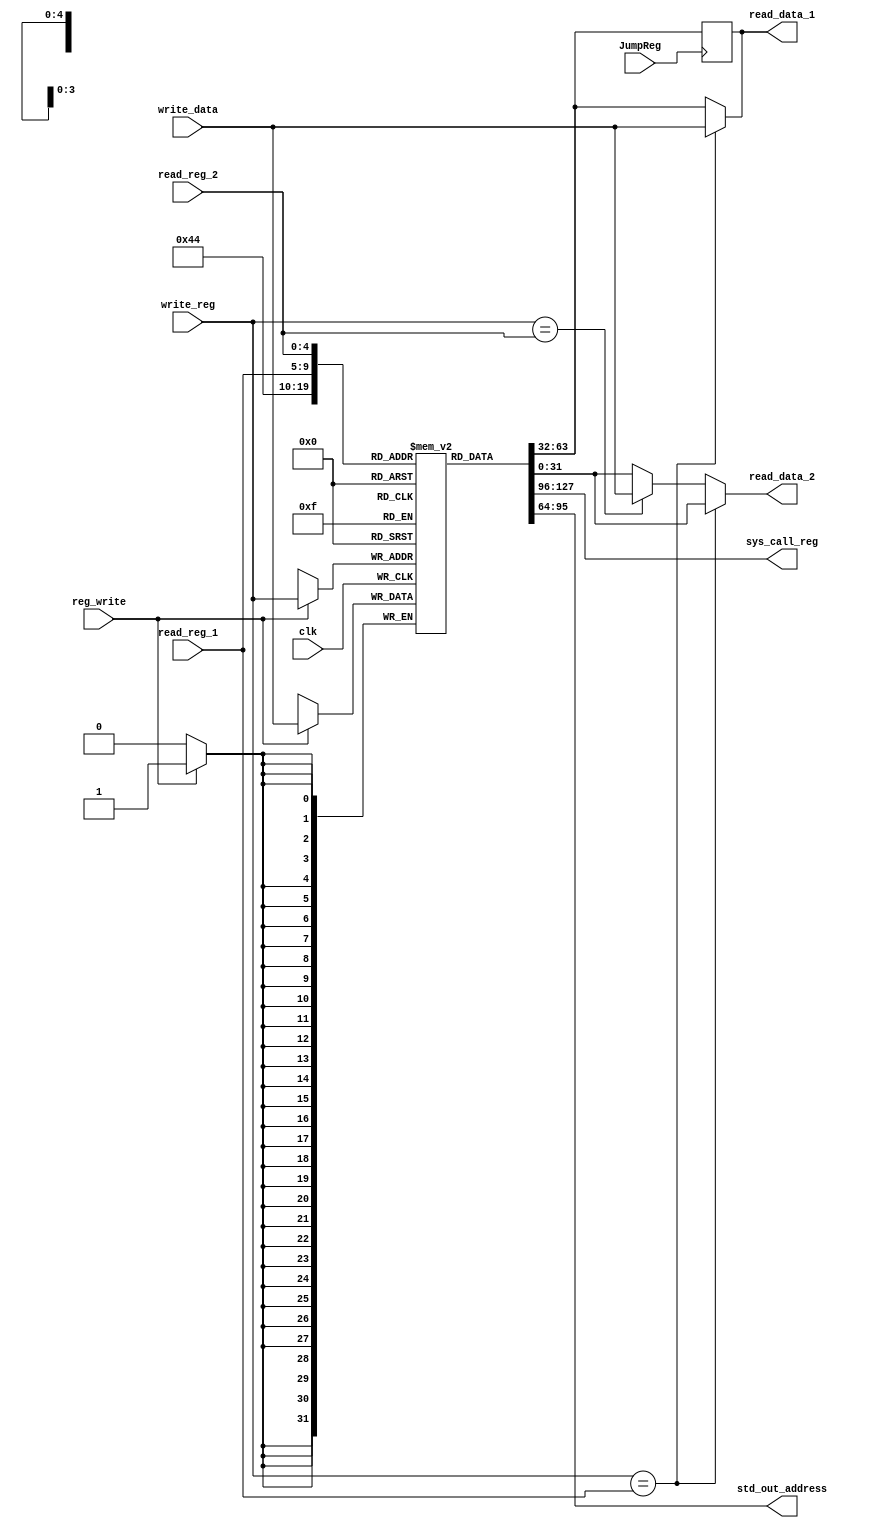
module registers(input clk,
		 input [4:0]   read_reg_1, 
		 input [4:0]   read_reg_2,
		 input [4:0]   write_reg,
		 input [31:0]  write_data,
		 input 	       JumpReg,
		 input 	       reg_write,
		 output [31:0] read_data_1, 
		 output [31:0] read_data_2, 
		 output [31:0] sys_call_reg, 
		 output [31:0] std_out_address);

   reg [31:0] 		       register_file [31:0];
   reg [31:0] 		       data1;
   reg [31:0] 		       data2;
   reg [31:0] 		       v0;
   reg [31:0] 		       a0;
   
   assign read_data_1 = data1;
   assign read_data_2 = data2;
   assign sys_call_reg = v0;
   assign std_out_address = a0;
	

   always @(clk) begin
	//$display($time, "registers: sp=%x,ra=%x v0=%x a0 = %x", register_file[29],register_file[31],register_file[2],register_file[4]);
	end
   
   always @(posedge JumpReg) begin
      data1 = register_file[read_reg_1];
   end

   initial 
     begin
	//$monitor($time,"$a0 = %x",register_file[4]);
	register_file[0] = 0;
      	register_file[1] = 0;
      	register_file[2] = 0;
      	register_file[3] = 0;
      	register_file[4] = 0;
      	register_file[5] = 0;
      	register_file[6] = 0;
      	register_file[7] = 0;
      	register_file[8] = 0;
      	register_file[9] = 0;
      	register_file[10] = 0;
      	register_file[11] = 0;
      	register_file[12] = 0;
      	register_file[13] = 0;
      	register_file[14] = 0;
      	register_file[15] = 0;
	register_file[16] = 0;
	register_file[17] = 0;
	register_file[18] = 0;
	register_file[19] = 0;
	register_file[20] = 0;
	register_file[21] = 0;
	register_file[22] = 0;
	register_file[23] = 0;
	register_file[24] = 0;
	register_file[25] = 0;
	register_file[26] = 0;
	register_file[27] = 0;
	register_file[28] = 0;
	register_file[29] = 0;
	register_file[30] = 0;
	register_file[31] = 0;
	data1 = 0;
	data2 = 0;
	v0 = 0;
	a0 = 0;
	data1 = 0;
	data2 = 0;
     end

   always @(posedge clk) begin 
      //This is for negedge read and posedge write, this is built just for the future.
      if (reg_write) 
	register_file[write_reg] = write_data;
   end

   always @(*) 
     begin
     	if(write_reg == read_reg_1) 
	  begin
     	     data1 <= write_data;
     	     data2 <= register_file[read_reg_2];
     	  end
     	else 
	  begin
     	     if(write_reg == read_reg_2) 
	       begin
     		  data1 <= register_file[read_reg_1];
     		  data2 <= write_data;
     	       end
     	     else 
	       begin
		  data1 <= register_file[read_reg_1];
		  data2 <= register_file[read_reg_2];
	       end
	  end
	v0 = register_file[2];
	a0 = register_file[4];
   end
   

endmodule